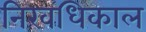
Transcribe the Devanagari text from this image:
निरवधिकाल